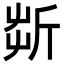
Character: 㪿